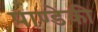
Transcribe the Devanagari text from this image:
पाण्डेकी